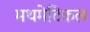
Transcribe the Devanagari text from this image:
मथमेटिकल